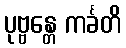
ပုဗ္ဗန္တေ ကင်္ခတိ